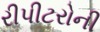
રીપીટરોની